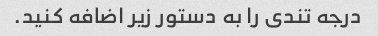
درجه تندی را به دستور زیر اضافه کنید.